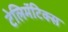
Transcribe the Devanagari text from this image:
टेलिमॅटिक्स